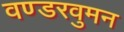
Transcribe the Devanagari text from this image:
वण्डरवुमन